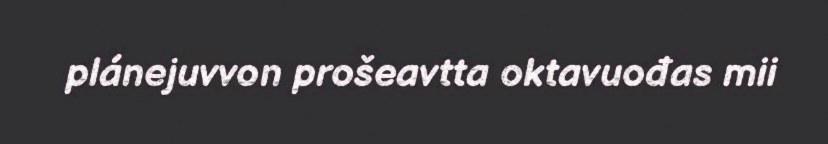
plánejuvvon prošeavtta oktavuođas mii